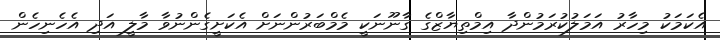
އެކަމަކު މިހާރު އަމަލުކުރަމުންދާ އިމްތިޔާޒްގެ ގާނޫނަކީ މެމްބަރުންނަށް އެކަށީގެންނުވާ މާލީ އަދި އެހެނިހެން